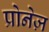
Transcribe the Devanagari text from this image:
प्रोनेज़